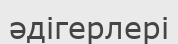
әдігерлері